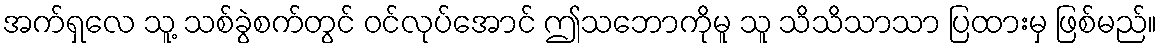
အက်ရှလေ သူ့ သစ်ခွဲစက်တွင် ဝင်လုပ်အောင် ဤသဘောကိုမူ သူ သိသိသာသာ ပြထားမှ ဖြစ်မည်။